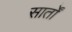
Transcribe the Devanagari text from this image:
सार्तों